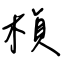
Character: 楨